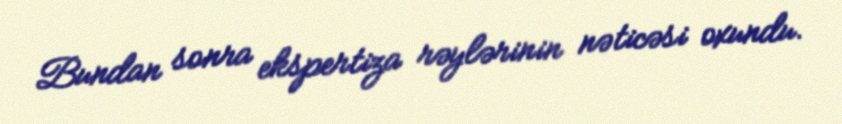
Bundan sonra ekspertiza rəylərinin nəticəsi oxundu.